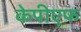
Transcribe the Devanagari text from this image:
केपीएफ